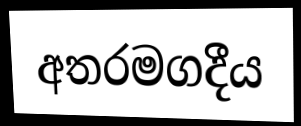
අතරමගදීය